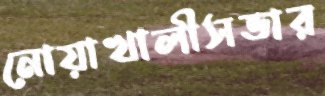
নোয়াখালীসভার